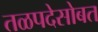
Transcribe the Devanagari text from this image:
तळपदेसोबत